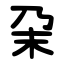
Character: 㭆